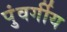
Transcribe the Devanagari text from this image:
पुंवर्गीय